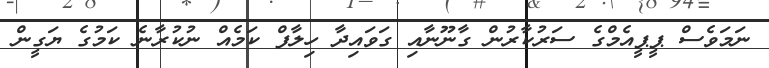
ނަމަވެސް ޕީޕީއެމްގެ ސަރުކާރުން ގާނޫނާއި ގަވައިދާ ހިލާފް ކަމެއް ނުކުރާނެ ކަމުގެ ޔަގީން